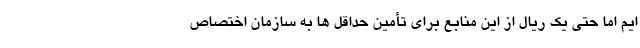
ایم اما حتی یک ریال از این منابع برای تأمین حداقل ها به سازمان اختصاص